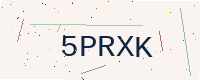
Text: 5PRXK